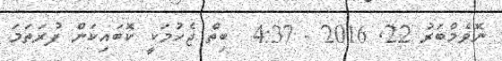
ނޮވެމްބަރު 22